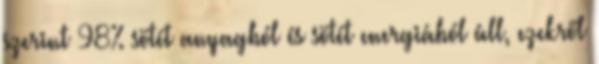
szerint 98% sötét anyagból és sötét energiából áll, ezekről